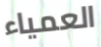
العمياء